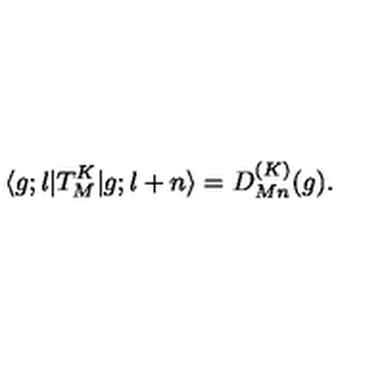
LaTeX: \langle g ; l | T _ { M } ^ { K } | g ; l + n \rangle = D _ { M n } ^ { ( K ) } ( g ) .